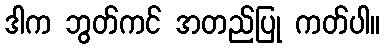
ဒါက ဘွတ်ကင် အတည်ပြု ကတ်ပါ။